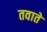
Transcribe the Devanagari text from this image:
तवाते